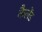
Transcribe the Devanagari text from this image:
कैलेंड